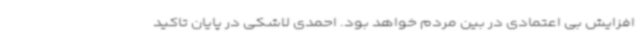
افزایش بی اعتمادی در بین مردم خواهد بود. احمدی لاشکی در پایان تاکید